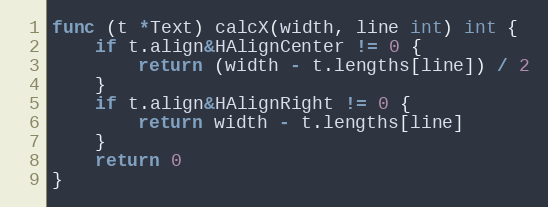
Language: Go
func (t *Text) calcX(width, line int) int {
	if t.align&HAlignCenter != 0 {
		return (width - t.lengths[line]) / 2
	}
	if t.align&HAlignRight != 0 {
		return width - t.lengths[line]
	}
	return 0
}